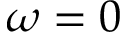
\omega = 0